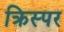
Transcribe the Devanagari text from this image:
क्रिस्पर